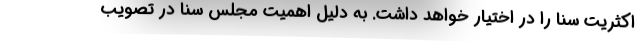
اکثریت سنا را در اختیار خواهد داشت. به دلیل اهمیت مجلس سنا در تصویب